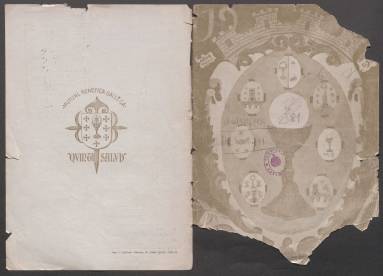
Título: Galicia (Madrid. 1932)
Colección: Revistas de información general
Ámbito geográfico: Madrid
Lugar de publicación: Madrid
Fechas: 01/01/1933-31/07/1935